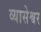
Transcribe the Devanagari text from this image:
व्यासेश्वर